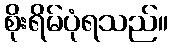
စိုးရိမ်ပုံရသည်။